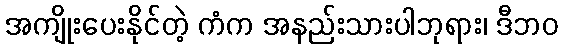
အကျိုးပေးနိုင်တဲ့ ကံက အနည်းသားပါဘုရား၊ ဒီဘဝ